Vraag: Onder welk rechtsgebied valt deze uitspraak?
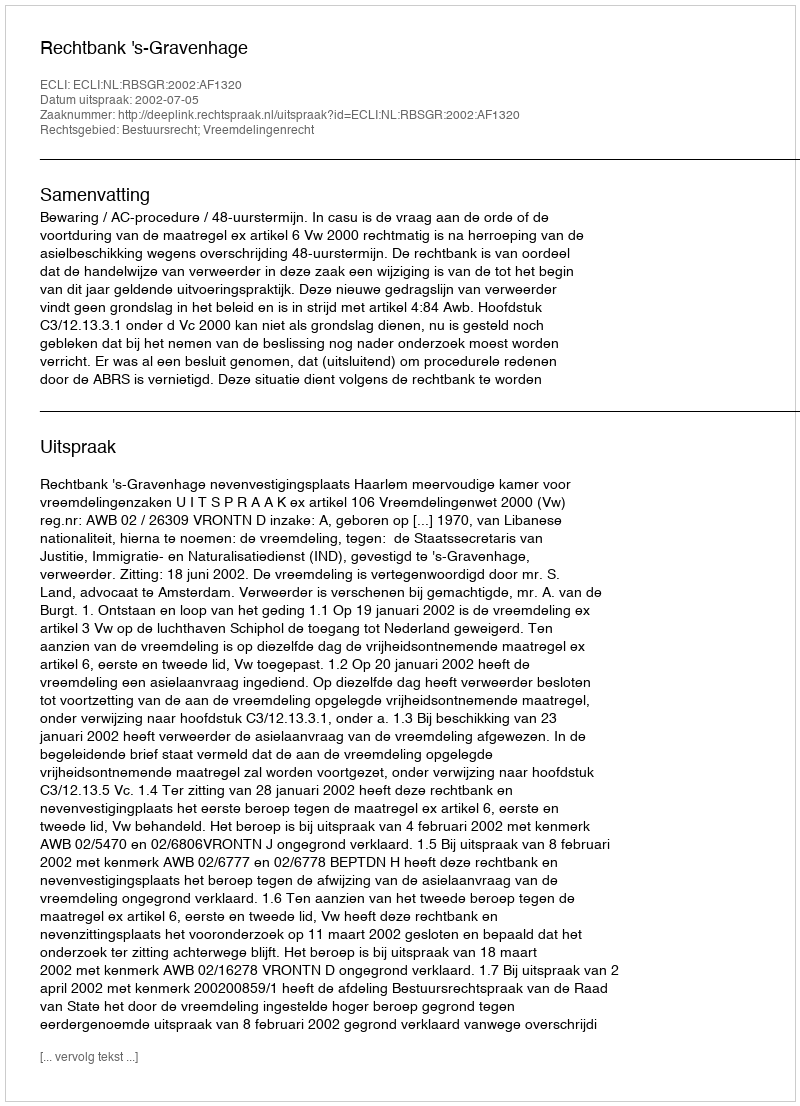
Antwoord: Bestuursrecht; Vreemdelingenrecht